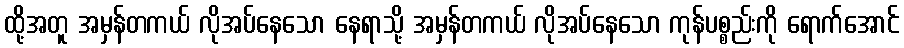
ထို့အတူ အမှန်တကယ် လိုအပ်နေသော နေရာသို့ အမှန်တကယ် လိုအပ်နေသော ကုန်ပစ္စည်းကို ရောက်အောင်